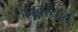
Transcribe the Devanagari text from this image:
अम्ब्रीयल